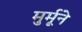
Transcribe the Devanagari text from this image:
मुर्मूने